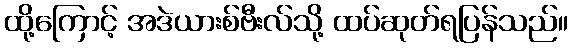
ထို့ကြောင့် အဒဲယားစ်ဗီးလ်သို့ ထပ်ဆုတ်ရပြန်သည်။